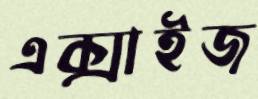
এক্সাইজ